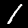
Label: 1